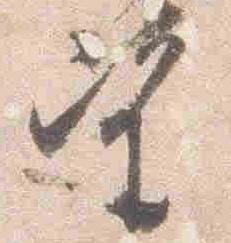
望